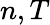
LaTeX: n,T